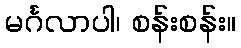
မင်္ဂလာပါ၊ စန်းစန်း။